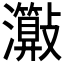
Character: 𤄑